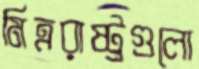
মিত্ররাষ্ট্রগুলো